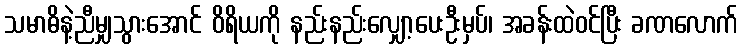
သမာဓိနဲ့ညီမျှသွားအောင် ဝိရိယကို နည်းနည်းလျှော့ပေးဦးမှပ်၊ အခန်းထဲဝင်ပြီး ခဏလောက်